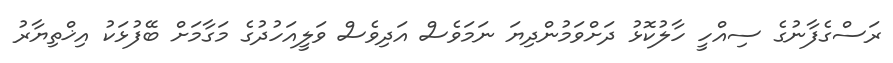
ރަސްގެފާނުގެ ސިއްހީ ހާލުކޮޅު ދަށްވަމުންދިޔަ ނަމަވެސް އަދިވެސް ވަލީއަހުދުގެ މަގާމަށް ބޭފުޅަކު އިޚްތިޔާރު